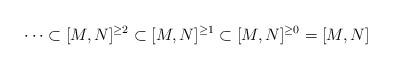
LaTeX: \begin{align*}\cdots \subset [M,N]^{\geq 2} \subset [M,N]^{\geq 1} \subset [M,N]^{\geq 0} = [M,N]\end{align*}